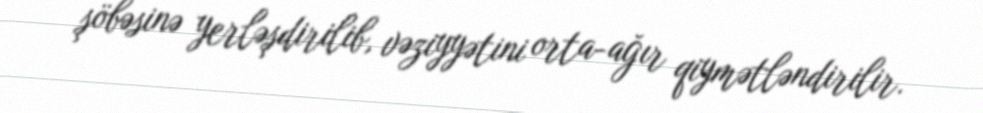
şöbəsinə yerləşdirilib, vəziyyətini orta-ağır qiymətləndirilir.